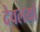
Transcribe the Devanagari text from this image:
देवलयों